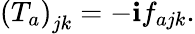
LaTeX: \left(T_{a}\right)_{jk}=-\mathbf{i}f_{ajk}.